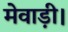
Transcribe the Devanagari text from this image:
मेवाड़ी।